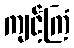
ကျင့်ကြံ